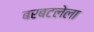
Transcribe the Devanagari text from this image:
बरबटलेला